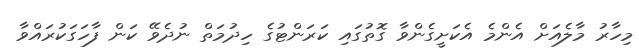
މިހާރު މާލެއަށް އެންމެ އެކަށީގެންވާ ގޮތުގައި ކަރަންޓުގެ ހިދުމަތް ނުދެވޭ ކަން ފާހަގަކުރައްވާ